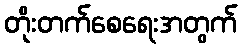
တိုးတက်စေရေးအတွက်